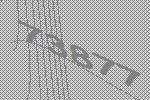
73877